Indian journal of veterinary science and animal husbandry - Volume 7,
Year: 1937
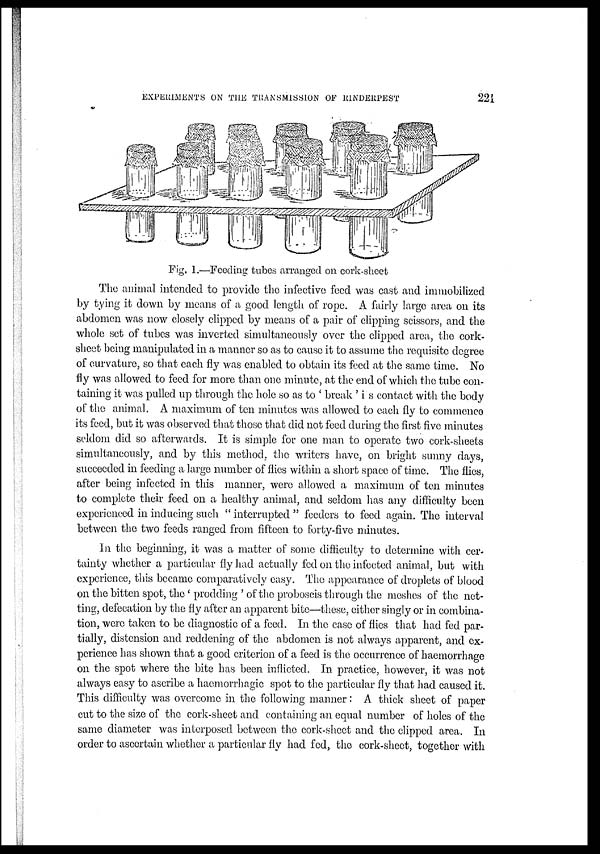
EXPERIMENTS ON THE TRANSMISSION OF
RINDERPEST
221
Fig. 1.—Feeding tubes arranged on cork-sheet
The animal intended to provide the infective feed was cast and immobilized
by tying it down by means of a good length of rope. A fairly large area on its
abdomen was now closely clipped by means of a pair of clipping scissors, and the
whole set of tubes was inverted simultaneously over the clipped area, the cork-
sheet being manipulated in a manner so as to cause it to assume the requisite degree
of curvature, so that each fly was enabled to obtain its feed at the same time. No
fly was allowed to feed for more than one minute, at the end of which the tube con-
taining it was pulled up through the hole so as to ' break ' i s contact with the body
of the animal. A maximum of ten minutes was allowed to each fly to commence
its feed, but it was observed that those that did not feed during the first five minutes
seldom did so afterwards. It is simple for one man to operate two cork-sheets
simultaneously, and by this method, the writers have, on bright sunny days,
succeeded in feeding a large number of flies within a short space of time. The flies,
after being infected in this manner, were allowed a maximum of ten minutes
to complete their feed on a healthy animal, and seldom has any difficulty been
experienced in inducing such " interrupted " feeders to feed again. The interval
between the two feeds ranged from fifteen to forty-five minutes.
In the beginning, it was a matter of some difficulty to determine with cer
tainty whether a particular fly had actually fed on the infected animal, but with
experience, this became comparatively easy. The appearance of droplets of blood
on the bitten spot, the ' prodding ' of the proboscis through the meshes of the net-
ting, defecation by the fly after an apparent bite—these, either singly or in combina-
tion, were taken to be diagnostic of a feed. In the case of flies that had fed par-
tially, distension and reddening of the abdomen is not always apparent, and ex-
perience has shown that a good criterion of a feed is the occurrence of haemorrhage
on the spot where the bite has been inflicted. In practice, however, it was not
always easy to ascribe a haemorrhagic spot to the particular fly that had caused it.
This difficulty was overcome in the following manner: A thick sheet of paper
cut to the size of the cork-sheet and containing an equal number of holes of the
same diameter was interposed between the cork-sheet and the clipped area. In
order to ascertain whether a particular fly had fed, the cork-sheet, together with